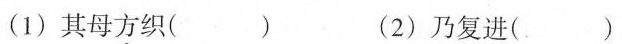
(1)其母方织( ) (2)乃复进( )